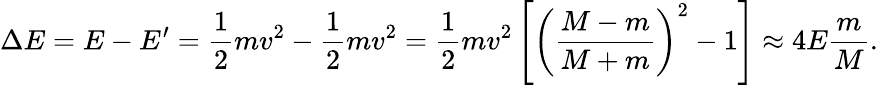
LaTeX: \Delta E=E-E^{\prime}=\frac{1}{2}mv^{2}-\frac{1}{2}mv^{2}=\frac{1}{2}mv^{2}\left[\left(\frac{M-m}{M+m}\right)^{2}-1\right]\approx 4E\frac{m}{M}.